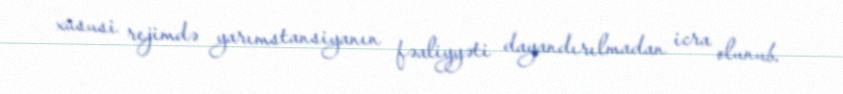
xüsusi rejimdə yarımstansiyanın fəaliyyəti dayandırılmadan icra olunub.